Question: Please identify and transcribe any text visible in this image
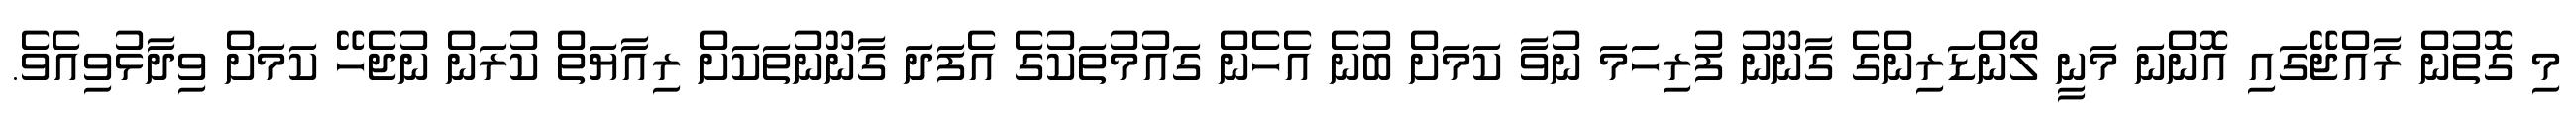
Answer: މި ގޮތުން ރާއްޖޭގައި އޮންނަ މަނީ ލޯންޑަރިންގެ ގާނޫނު ފުރިހަމަ ނުވާ ކަމަށް ބުނެ އެހެން ގައުމުތަކުގެ އެފަދަ ގާނޫނުތަކަށް ރިއާޔަތް ކުރަން ނުޖެހޭ ކަމަށް ވިދާޅުވިއެވެ.